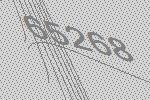
65268